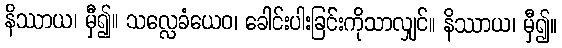
နိဿာယ၊ မှီ၍။ သလ္လေခံယေဝ၊ ခေါင်းပါးခြင်းကိုသာလျှင်။ နိဿာယ၊ မှီ၍။